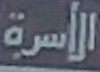
الأسرة